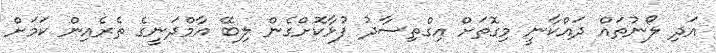
އަދި ލޯނުތައް ދައްކާނީ މިގޮތަށް އިގްތިސާދު ފުޅާކޮށްގެން ލިބޭ އާމްދަނީގެ ތެރެއިން ކަމަށް